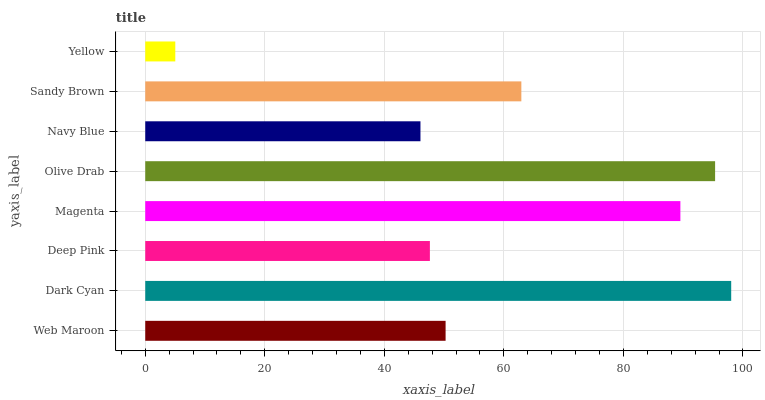
| yaxis_label | bars |
 | --- | --- |
 | Web Maroon | 50.2 |
 | Dark Cyan | 98 |
 | Deep Pink | 47.6 |
 | Magenta | 89.5 |
 | Olive Drab | 95.3 |
 | Navy Blue | 46 |
 | Sandy Brown | 62.9 |
 | Yellow | 5.03 |